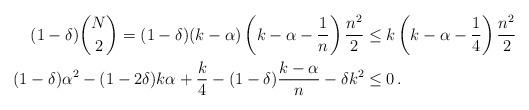
LaTeX: \begin{align*}(1-\delta)\binom{N}{2}=(1-\delta)(k-\alpha)\left(k-\alpha-\frac{1}{n}\right)\frac{n^2}{2} &\leq k \left(k-\alpha-\frac{1}{4}\right)\frac{n^2}{2}\\(1-\delta)\alpha^2-(1-2\delta)k\alpha+\frac{k}{4}-(1-\delta)\frac{k-\alpha}{n} -\delta k^2 &\leq 0\,.\end{align*}